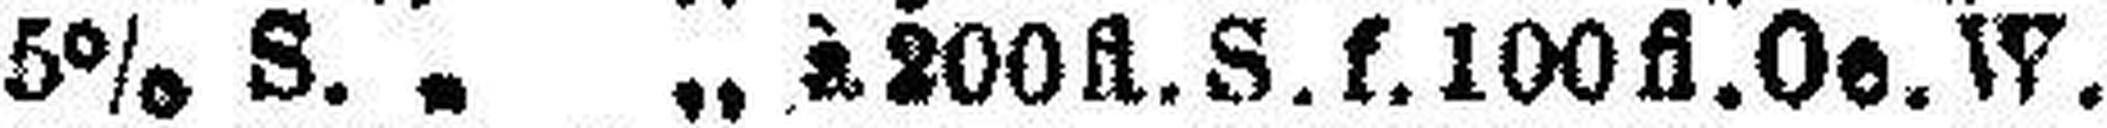
5% S. „ „ à 200 fl. S. f. 100 fl. Oe. W.